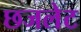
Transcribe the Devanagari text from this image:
छजलेट